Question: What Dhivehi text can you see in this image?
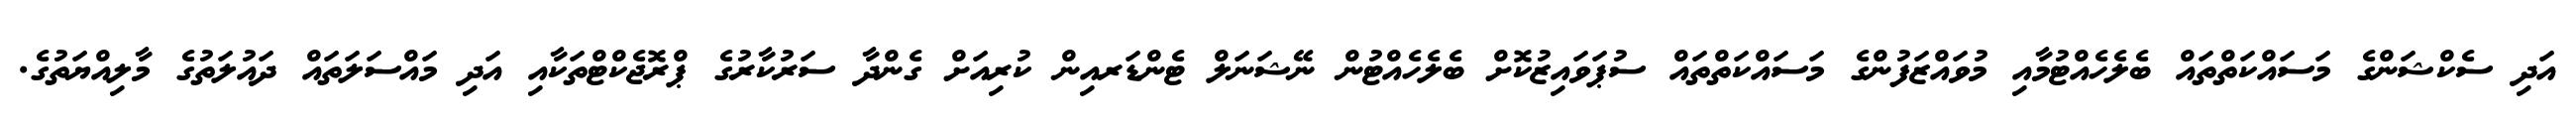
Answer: އަދި ސެކްޝަންގެ މަސައްކަތްތައް ބެލެހެއްޓުމާއި މުވައްޒަފުންގެ މަސައްކަތްތައް ސުޕަވައިޒުކޮށް ބެލެހެއްޓުން ނޭޝަނަލް ޓެންޑަރއިން ކުރިއަށް ގެންދާ ސަރުކާރުގެ ޕްރޮޖެކްޓްތަކާއި އަދި މައްސަލަތައް ދައުލަތުގެ މާލިއްޔަތުގެ.